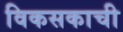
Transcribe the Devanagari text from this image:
विकसकाची